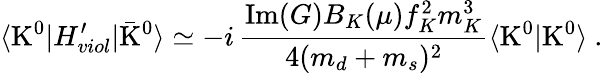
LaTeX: \langle\mathrm{K}^{0}|H_{viol}^{\prime}|\bar{\mathrm{K}}^{0}\rangle\simeq-i\, \frac{\mathrm{Im}(G)B_{K}(\mu)f_{K}^{2}m_{K}^{3}}{4(m_{d}+m_{s})^{2}}\langle\mathrm{K}^{0}|{\mathrm{K}}^{0}\rangle\ .